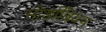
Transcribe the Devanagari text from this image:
मोर्डाबियन